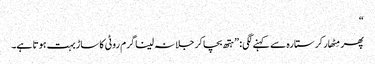
“
پھر مِٹھار کر ستارہ سے کہنے لگی: ”ہتھ بچا کر جلا نہ لینا گرم روٹی کا ساڑ بہت ہوتا ہے۔